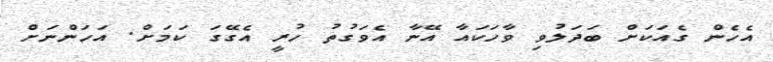
އެހެން ގެއަކަށް ބަދަލުވި ވާހަކައާ އޭނާ އެވަގުތު ހުރީ އެގޭގަ ކަމަށް. އަހަންނަށް